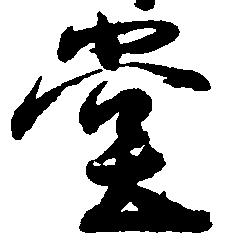
堂